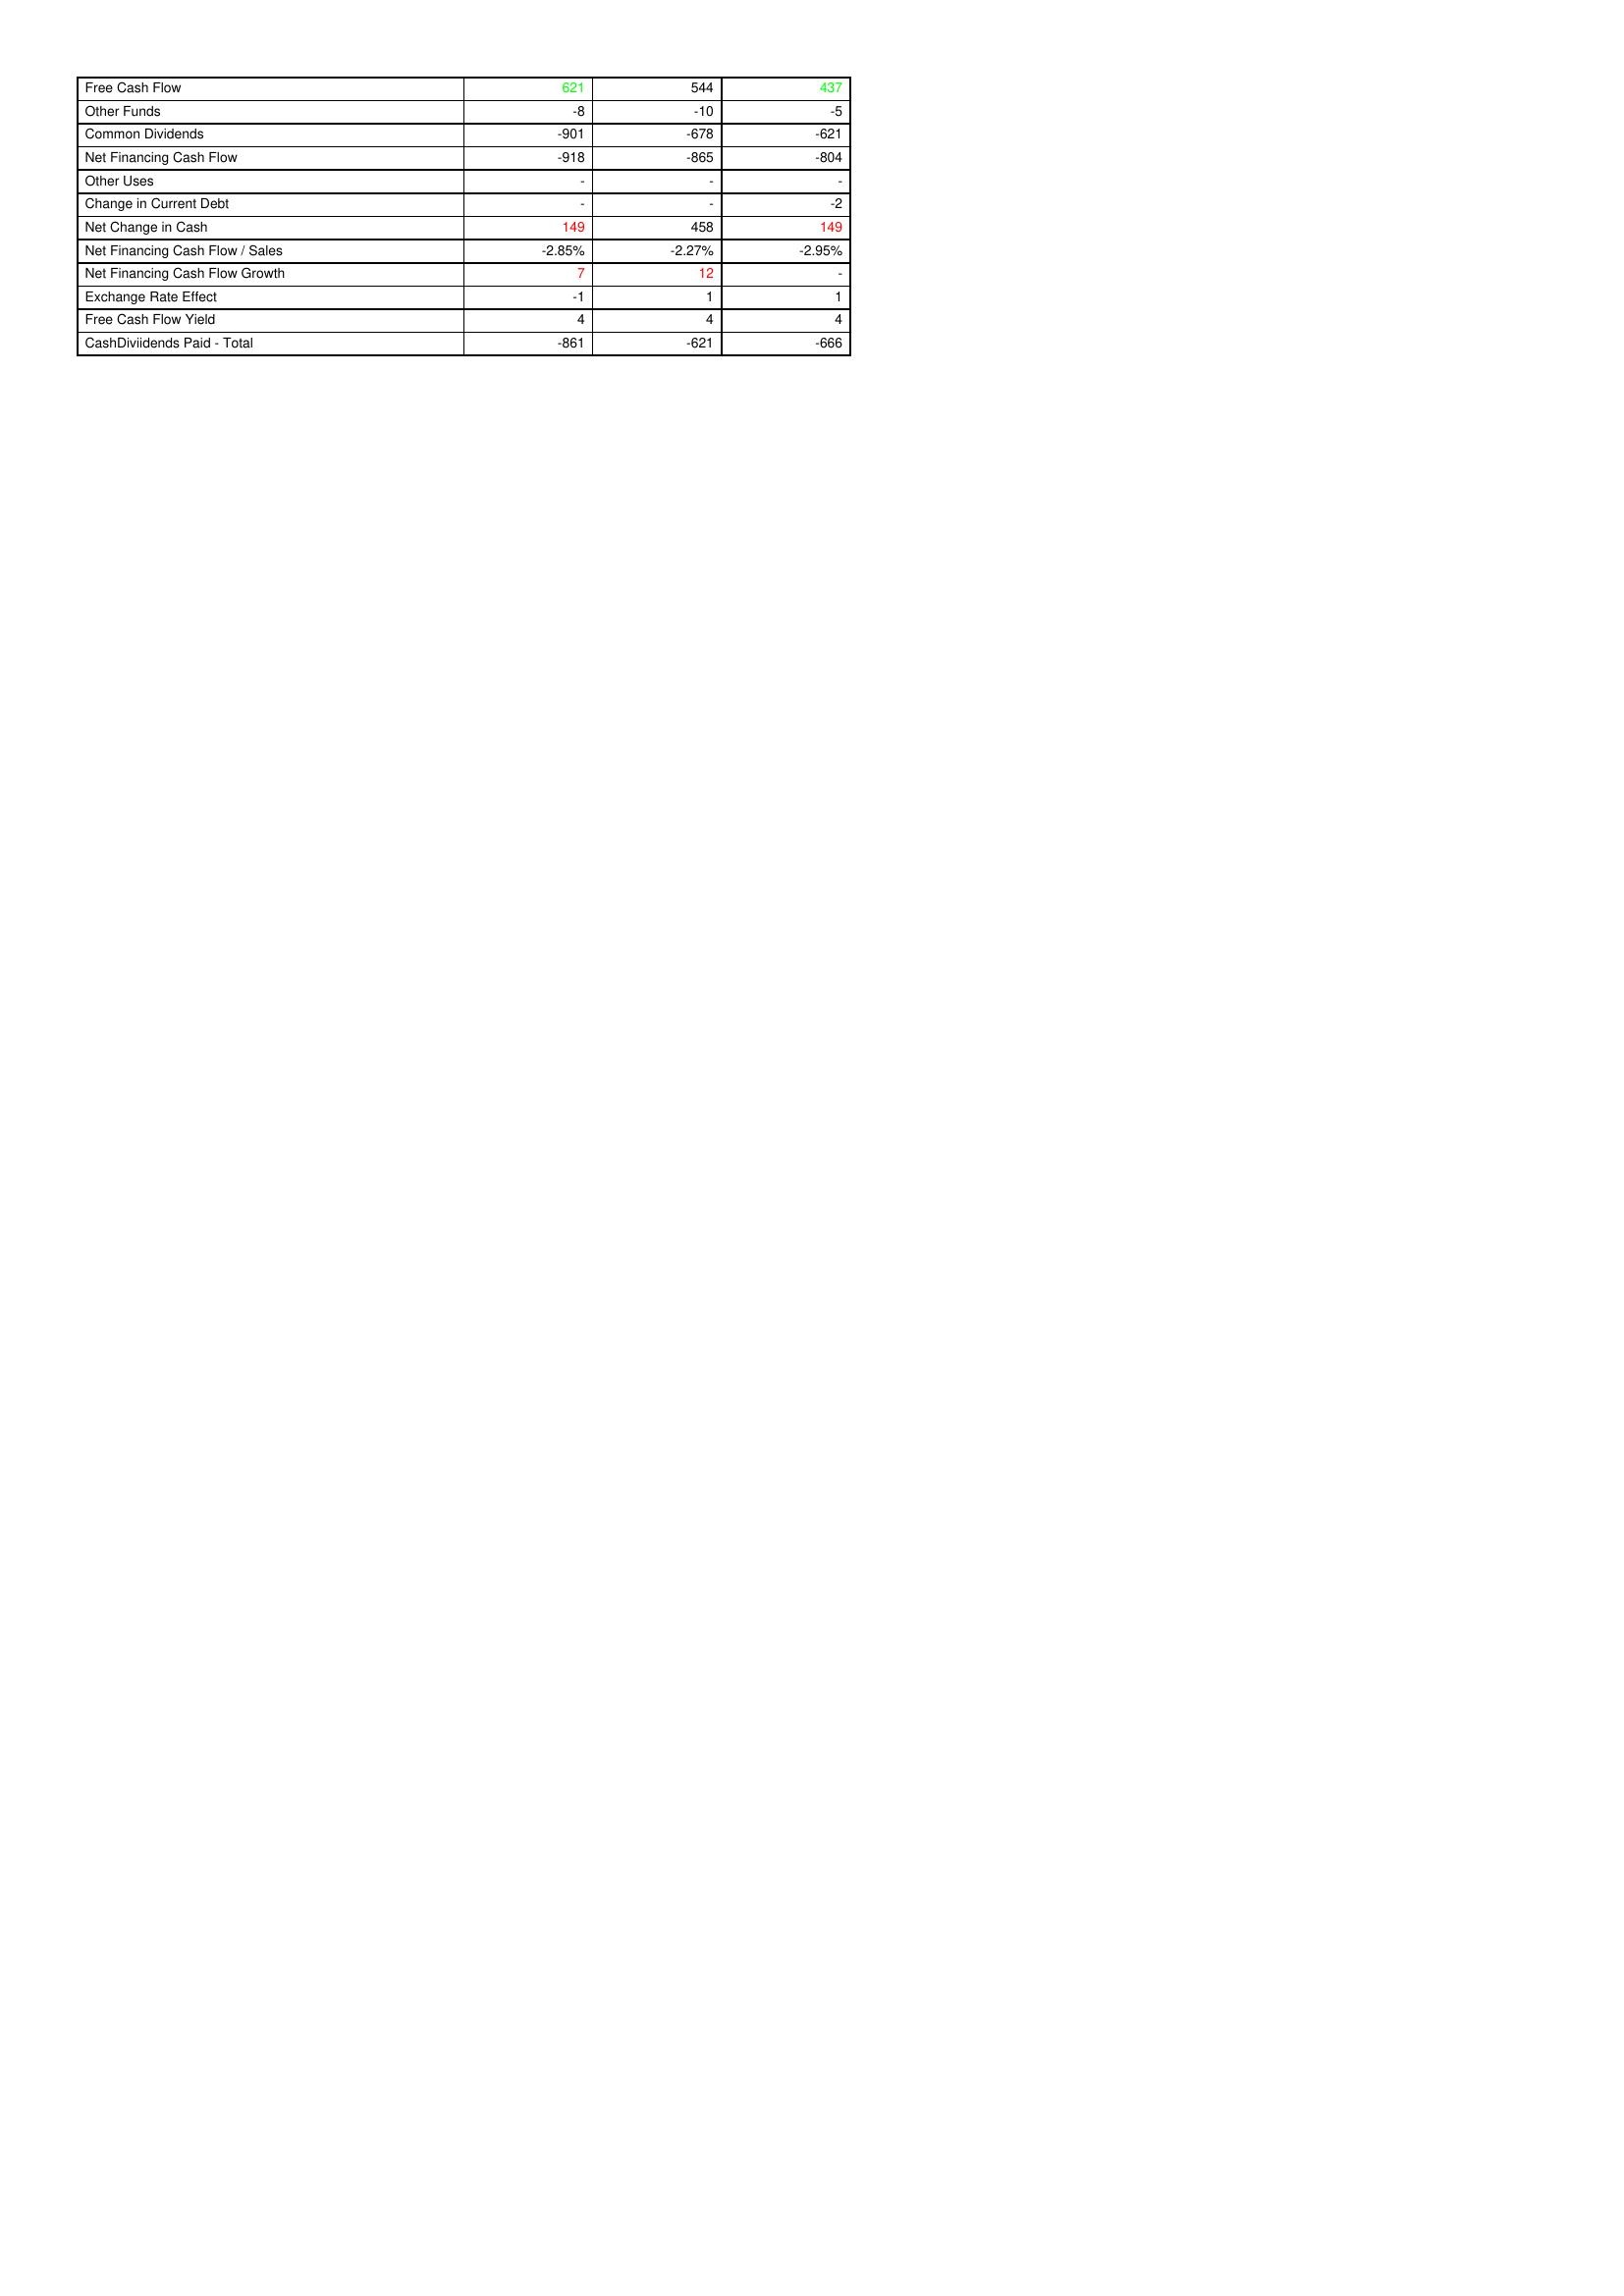
gt_parse: 2012: Financing Activities: Free Cash Flow: 621
Other Funds: -8
Common Dividends: -901
Net Financing Cash Flow: -918
Other Uses: -
Change in Current Debt: -
Net Change in Cash: 149
Net Financing Cash Flow / Sales: -2.85%
Net Financing Cash Flow Growth: 7
Exchange Rate Effect: -1
Free Cash Flow Yield: 4
CashDiviidends Paid - Total: -861
2011: Financing Activities: Free Cash Flow: 544
Other Funds: -10
Common Dividends: -678
Net Financing Cash Flow: -865
Other Uses: -
Change in Current Debt: -
Net Change in Cash: 458
Net Financing Cash Flow / Sales: -2.27%
Net Financing Cash Flow Growth: 12
Exchange Rate Effect: 1
Free Cash Flow Yield: 4
CashDiviidends Paid - Total: -621
2010: Financing Activities: Free Cash Flow: 437
Other Funds: -5
Common Dividends: -621
Net Financing Cash Flow: -804
Other Uses: -
Change in Current Debt: -2
Net Change in Cash: 149
Net Financing Cash Flow / Sales: -2.95%
Net Financing Cash Flow Growth: -
Exchange Rate Effect: 1
Free Cash Flow Yield: 4
CashDiviidends Paid - Total: -666